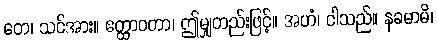
တေ၊ သင်အား။ ဧတ္ထာဝတာ၊ ဤမျှတည်းဖြင့်။ အဟံ၊ ငါသည်။ နခမာမိ၊